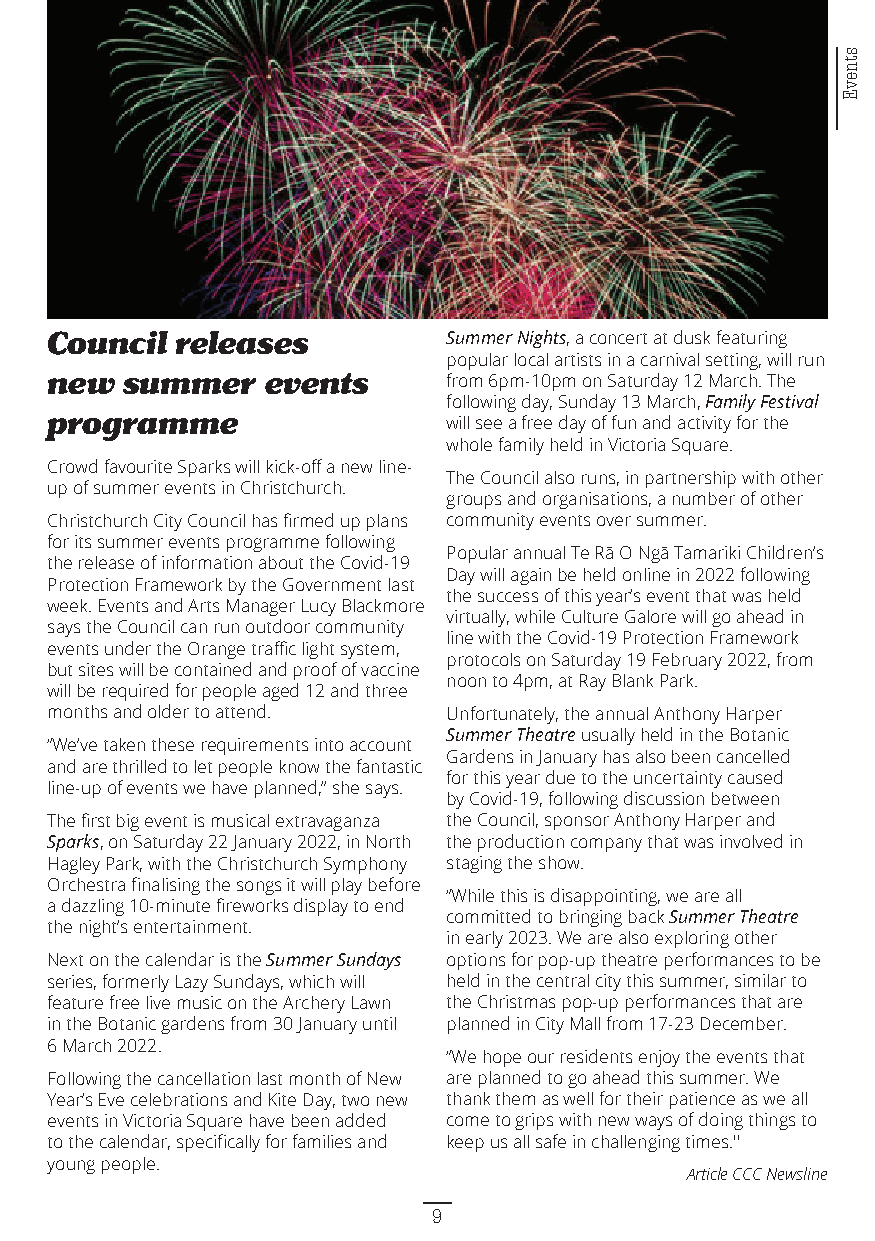
Council  releases          Summer Nights, a concert at dusk featuring
 popular local artists in a carnival setting, will run
 new  summer    events      from 6pm-10pm on Saturday 12 March. The
 following day, Sunday 13 March, Family Festival
 programme                  will see a free day of fun and activity for the
 whole family held in Victoria Square.
 Crowd favourite Sparks will kick-off a new line-
 The Council also runs, in partnership with other
 up of summer events in Christchurch.
 groups and organisations, a number of other
 Christchurch City Council has firmed up plans community events over summer.
 for its summer events programme following
 Popular annual Te Rā O Ngā Tamariki Children’s
 the release of information about the Covid-19
 Day will again be held online in 2022 following
 Protection Framework by the Government last
 the success of this year’s event that was held
 week. Events and Arts Manager Lucy Blackmore
 virtually, while Culture Galore will go ahead in
 says the Council can run outdoor community
 line with the Covid-19 Protection Framework
 events under the Orange traffic light system,
 protocols on Saturday 19 February 2022, from
 but sites will be contained and proof of vaccine
 noon to 4pm, at Ray Blank Park.
 will be required for people aged 12 and three
 months and older to attend. Unfortunately, the annual Anthony Harper
 Summer Theatre usually held in the Botanic
 “We’ve taken these requirements into account
 Gardens in January has also been cancelled
 and are thrilled to let people know the fantastic
 for this year due to the uncertainty caused
 line-up of events we have planned,’’ she says.
 by Covid-19, following discussion between
 The first big event is musical extravaganza the Council, sponsor Anthony Harper and
 Sparks, on Saturday 22 January 2022, in North the production company that was involved in
 Hagley Park, with the Christchurch Symphony staging the show.
 Orchestra finalising the songs it will play before
 “While this is disappointing, we are all
 a dazzling 10-minute fireworks display to end
 committed to bringing back Summer Theatre
 the night’s entertainment.
 in early 2023. We are also exploring other
 Next on the calendar is the Summer Sundays options for pop-up theatre performances to be
 series, formerly Lazy Sundays, which will held in the central city this summer, similar to
 feature free live music on the Archery Lawn the Christmas pop-up performances that are
 in the Botanic gardens from 30 January until planned in City Mall from 17-23 December.
 6 March 2022.
 “We hope our residents enjoy the events that
 Following the cancellation last month of New are planned to go ahead this summer. We
 Year’s Eve celebrations and Kite Day, two new thank them as well for their patience as we all
 events in Victoria Square have been added come to grips with new ways of doing things to
 to the calendar, specifically for families and keep us all safe in challenging times.''
 young people.
 Article CCC Newsline
 9
 stnevE